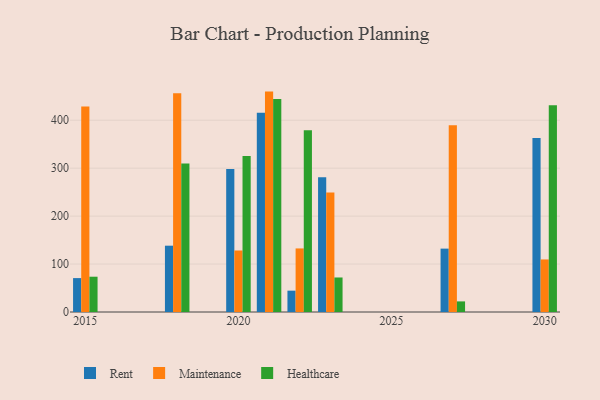
{"axis": {"x": "Year", "y": "Active Users"}, "legend": ["Healthcare", "Maintenance", "Rent"], "data": [{"x": "2020", "y": 298.5, "type": "Rent"}, {"x": "2020", "y": 128.3, "type": "Maintenance"}, {"x": "2020", "y": 325.4, "type": "Healthcare"}, {"x": "2021", "y": 415.5, "type": "Rent"}, {"x": "2021", "y": 459.7, "type": "Maintenance"}, {"x": "2021", "y": 444.2, "type": "Healthcare"}, {"x": "2023", "y": 281.2, "type": "Rent"}, {"x": "2023", "y": 249.4, "type": "Maintenance"}, {"x": "2023", "y": 72.0, "type": "Healthcare"}, {"x": "2030", "y": 363.0, "type": "Rent"}, {"x": "2030", "y": 109.6, "type": "Maintenance"}, {"x": "2030", "y": 431.0, "type": "Healthcare"}, {"x": "2015", "y": 70.7, "type": "Rent"}, {"x": "2015", "y": 428.4, "type": "Maintenance"}, {"x": "2015", "y": 73.6, "type": "Healthcare"}, {"x": "2018", "y": 138.3, "type": "Rent"}, {"x": "2018", "y": 456.2, "type": "Maintenance"}, {"x": "2018", "y": 309.9, "type": "Healthcare"}, {"x": "2027", "y": 132.2, "type": "Rent"}, {"x": "2027", "y": 389.6, "type": "Maintenance"}, {"x": "2027", "y": 22.1, "type": "Healthcare"}, {"x": "2022", "y": 44.5, "type": "Rent"}, {"x": "2022", "y": 132.6, "type": "Maintenance"}, {"x": "2022", "y": 379.3, "type": "Healthcare"}]}